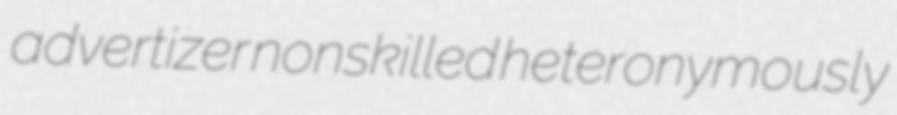
advertizer nonskilled heteronymously